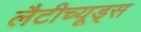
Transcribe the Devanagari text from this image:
लैटीच्यूड्स